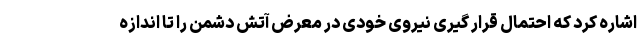
اشاره کرد که احتمال قرار گیری نیروی خودی در معرض آتش دشمن را تا اندازه